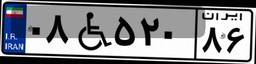
۵۹W۷۴۶۳۶